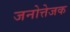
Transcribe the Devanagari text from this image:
जनोत्तेजक